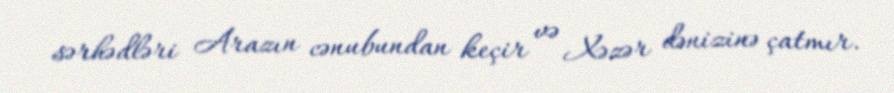
sərhədləri Arazın cənubundan keçir və Xəzər dənizinə çatmır.